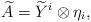
LaTeX: \begin{align*} \widetilde A = \widetilde Y^i \otimes \eta_i, \end{align*}